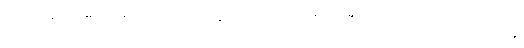
၂၁၂။ န ကုတောစိ ဘယံ သမနုပဿတိ, ယဒိဒံ သီလသံဝရတောတိ ယာနိ